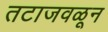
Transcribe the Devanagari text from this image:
तटाजवळून